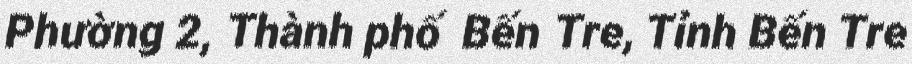
Phường 2, Thành phố Bến Tre, Tỉnh Bến Tre